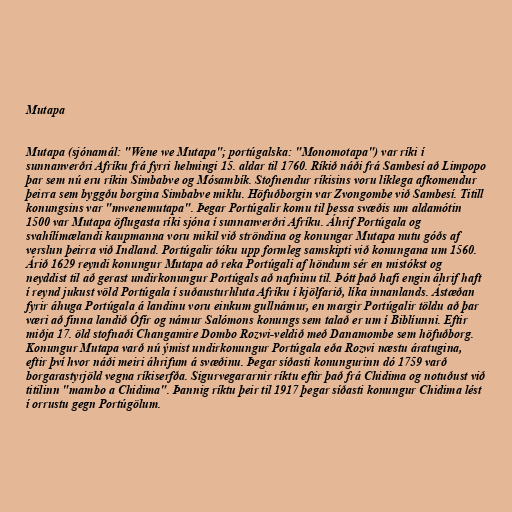
Mutapa

Mutapa (sjónamál: "Wene we Mutapa"; portúgalska: "Monomotapa") var ríki í
sunnanverðri Afríku frá fyrri helmingi 15. aldar til 1760. Ríkið náði frá Sambesí að Limpopo
þar sem nú eru ríkin Simbabve og Mósambík. Stofnendur ríkisins voru líklega afkomendur
þeirra sem byggðu borgina Simbabve miklu. Höfuðborgin var Zvongombe við Sambesí. Titill
konungsins var "mwenemutapa". Þegar Portúgalir komu til þessa svæðis um aldamótin
1500 var Mutapa öflugasta ríki sjóna í sunnanverðri Afríku. Áhrif Portúgala og
svahílímælandi kaupmanna voru mikil við ströndina og konungar Mutapa nutu góðs af
verslun þeirra við Indland. Portúgalir tóku upp formleg samskipti við konungana um 1560.
Árið 1629 reyndi konungur Mutapa að reka Portúgali af höndum sér en mistókst og
neyddist til að gerast undirkonungur Portúgals að nafninu til. Þótt það hafi engin áhrif haft
í reynd jukust völd Portúgala í suðausturhluta Afríku í kjölfarið, líka innanlands. Ástæðan
fyrir áhuga Portúgala á landinu voru einkum gullnámur, en margir Portúgalir töldu að þar
væri að finna landið Ófír og námur Salómons konungs sem talað er um í Biblíunni. Eftir
miðja 17. öld stofnaði Changamire Dombo Rozwi-veldið með Danamombe sem höfuðborg.
Konungur Mutapa varð nú ýmist undirkonungur Portúgala eða Rozwi næstu áratugina,
eftir því hvor náði meiri áhrifum á svæðinu. Þegar síðasti konungurinn dó 1759 varð
borgarastyrjöld vegna ríkiserfða. Sigurvegararnir ríktu eftir það frá Chidima og notuðust við
titilinn "mambo a Chidima". Þannig ríktu þeir til 1917 þegar síðasti konungur Chidima lést
í orrustu gegn Portúgölum.